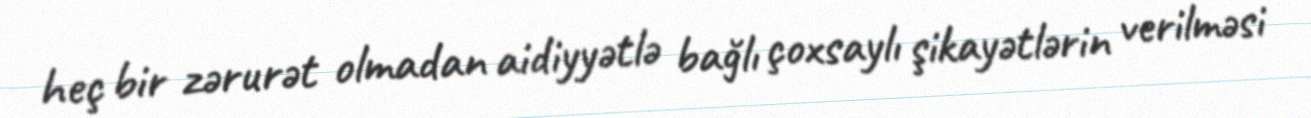
heç bir zərurət olmadan aidiyyətlə bağlı çoxsaylı şikayətlərin verilməsi